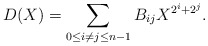
\begin{align*}D(X) = \sum_{0 \le i \ne j \le n-1} B_{ij} X^{2^i+2^j}.\end{align*}